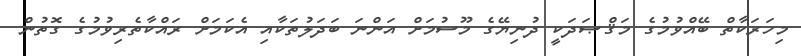
މިހަރަކާތް ބޭއްވުމުގެ މަޤްޞަދަކީ ދުނިޔޭގެ މޫސުމަށް އަންނަ ބަދަލުތަކާއި އެކަމަށް ރައްކާތެރިވުމުގެ ގޮތުން